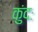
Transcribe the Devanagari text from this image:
कुंदः